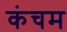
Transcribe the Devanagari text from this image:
कंचम